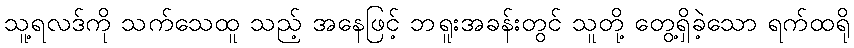
သူ့ရလဒ်ကို သက်သေထူ သည့် အနေဖြင့် ဘရူးအခန်းတွင် သူတို့ တွေ့ရှိခဲ့သော ရက်ထရို